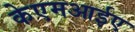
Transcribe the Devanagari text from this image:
केएमआईए